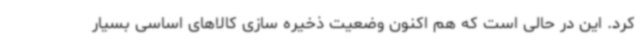
کرد. این در حالی است که هم اکنون وضعیت ذخیره سازی کالاهای اساسی بسیار